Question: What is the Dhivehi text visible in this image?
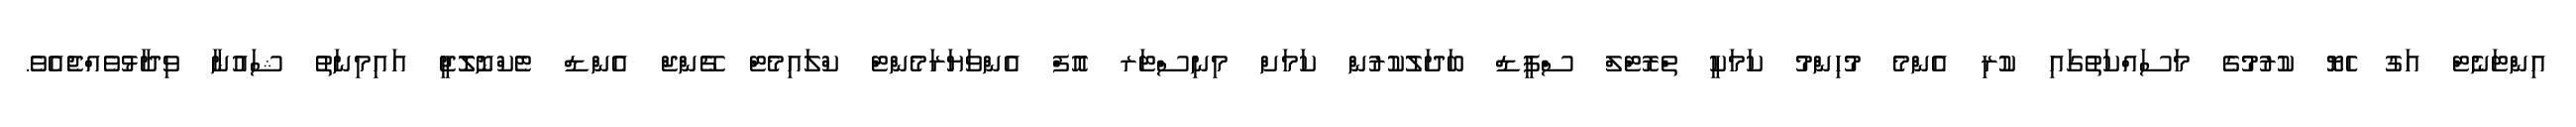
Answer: އިންޓަނެޓް އަގު ހެޔޮ ކުރުމުގެ މަސައްކަތުގައި ކުރި އެންމެ މުހިންމު ކަމަކީ ތްރޮޓްލް ސްޕީޑް ބަދަލުކުރުން ކަމަށް މިނިސްޓަރ އޮފް އެންވަޔަރަމެންޓް ކްލައިމެޓް ޗޭންޖް އެންޑް ޓެކްނޮލޮޖީ އައިމިނަތު ޝައުނާ ވިދާޅުވެއްޖެއެވެ.